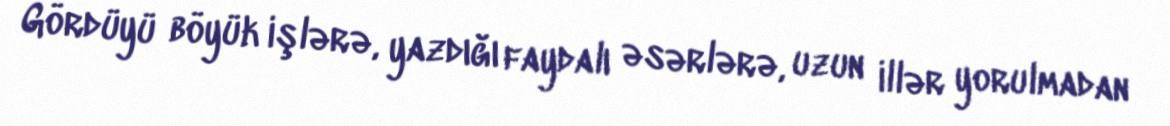
Gördüyü böyük işlərə, yazdığı faydalı əsərlərə, uzun illər yorulmadan